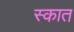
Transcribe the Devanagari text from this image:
स्कात